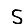
Digit: 5